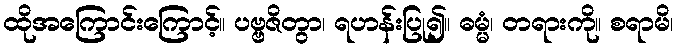
ထိုအကြောင်းကြောင့်။ ပဗ္ဗဇိတွာ၊ ရဟန်းပြု၍။ ဓမ္မံ၊ တရားကို။ စရာမိ၊